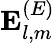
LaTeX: \mathbf{E}_{l,m}^{(E)}